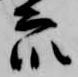
衆